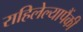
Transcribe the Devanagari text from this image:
राहिलेल्यापैंकी